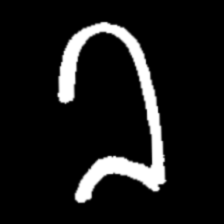
Pyu character \u2014 Myanmar letter: ခ (romanized: kha)